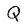
Character: Q